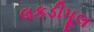
લકડીપૂલ